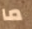
ما